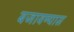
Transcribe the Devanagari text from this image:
बजावण्यास